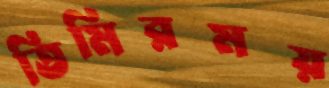
তিমিরময়